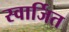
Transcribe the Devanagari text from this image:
स्वार्जित